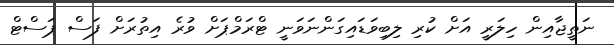
ނަތީޖާއިން ހިލަރީ އަށް ކުރި ލިބިވަޑައިގަންނަވަނީ ޓްރަމްޕަށް ވުރެ އިތުރަށް ފަސް ޕަސްޓް